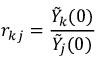
r _ { k j } = \frac { \tilde { Y } _ { k } ( 0 ) } { \tilde { Y } _ { j } ( 0 ) }